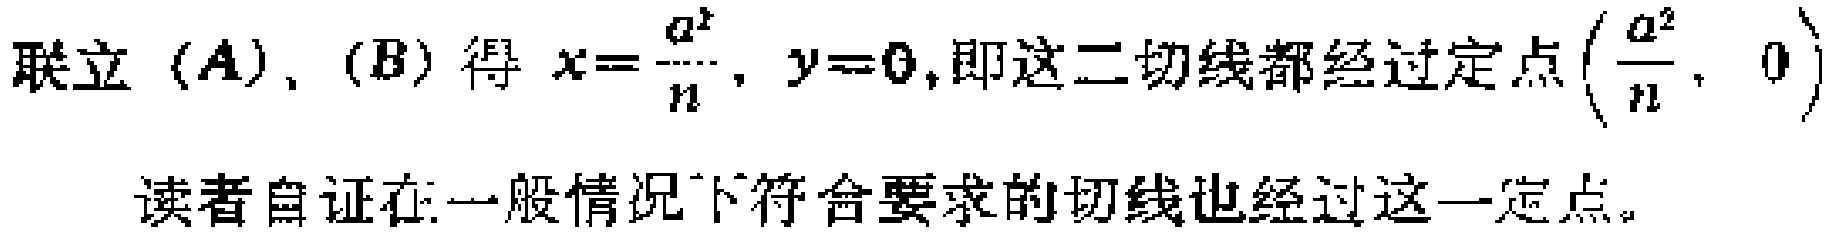
联立\((A)\)、\((B)\)得 \(x = \frac{a^{2}}{n}, y = 0\),即这二切线都经过定点\((\frac{a^{2}}{n}, 0)\)

读者自证在一般情况下符合要求的切线也经过这一定点。